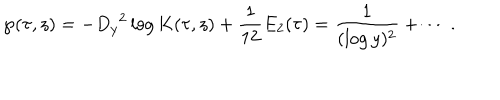
LaTeX: \wp ( \tau , z ) = - { D _ { y } } ^ { 2 } \log K ( \tau , z ) + \frac { 1 } { 1 2 } E _ { 2 } ( \tau ) = \frac { 1 } { ( \log y ) ^ { 2 } } + \cdots \, .